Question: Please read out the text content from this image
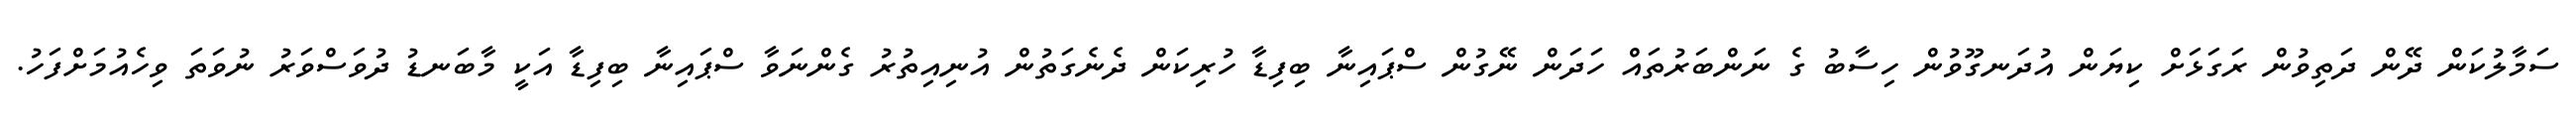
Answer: ސަމާލުކަން ދޭން ދަތިވުން ރަގަޅަށް ކިޔަން އުދަނގޫވުން ހިސާބު ގެ ނަންބަރުތައް ހަދަން ނޭގުން ސްޕައިނާ ބިފިޑާ ހުރިކަން ދެނެގަތުން އުނިއިތުރު ގެންނަވާ ސްޕައިނާ ބިފިޑާ އަކީ މާބަނޑު ދުވަސްވަރު ނުވަތަ ވިހެއުމަށްފަހު.